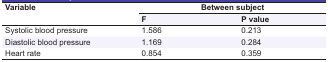
<table><thead><tr><td rowspan="2"><b>Variable</b></td><td colspan="2"><b>Between subject</b></td></tr><tr><td><b>F</b></td><td><b>P value</b></td></tr></thead><tbody><tr><td> Systolic blood pressure </td><td> 1.586 </td><td> 0.213 </td></tr><tr><td> Diastolic blood pressure </td><td> 1.169 </td><td> 0.284 </td></tr><tr><td> Heart rate </td><td> 0.854 </td><td> 0.359 </td></tr></tbody></table>